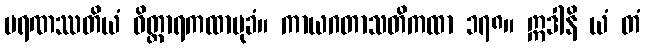
မရဏဿတိယံ ဝိတ္ထာရကထာမုခံ။ ကာယဂတာသတိကထာ ၁၇၈။ ဣဒါနိ ယံ တံ